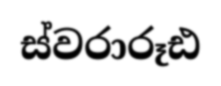
ස්වරාරූඪ